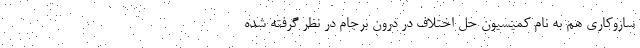
سازوکاری هم به نام کمیسیون حل اختلاف در درون برجام در نظر گرفته شده